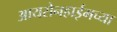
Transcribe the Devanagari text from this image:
आयसेनहाईमच्या